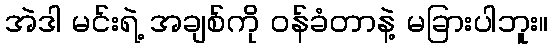
အဲဒါ မင်းရဲ့ အချစ်ကို ဝန်ခံတာနဲ့ မခြားပါဘူး။